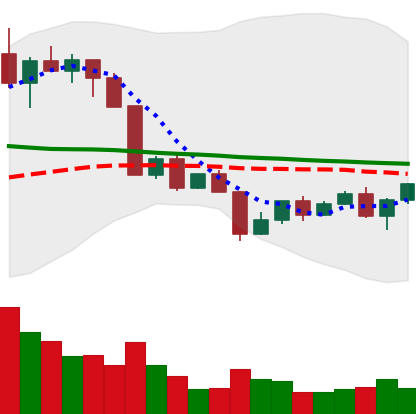
Ticker: NEO-USD
Chart end date: 2022-04-19
Forward return: -8.516%
Label: down_7plus